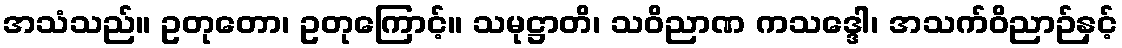
အသံသည်။ ဥတုတော၊ ဥတုကြောင့်။ သမုဋ္ဌာတိ၊ သဝိညာဏ ကသဒ္ဒေါ၊ အသက်ဝိညာဉ်နှင့်